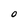
Character: 0